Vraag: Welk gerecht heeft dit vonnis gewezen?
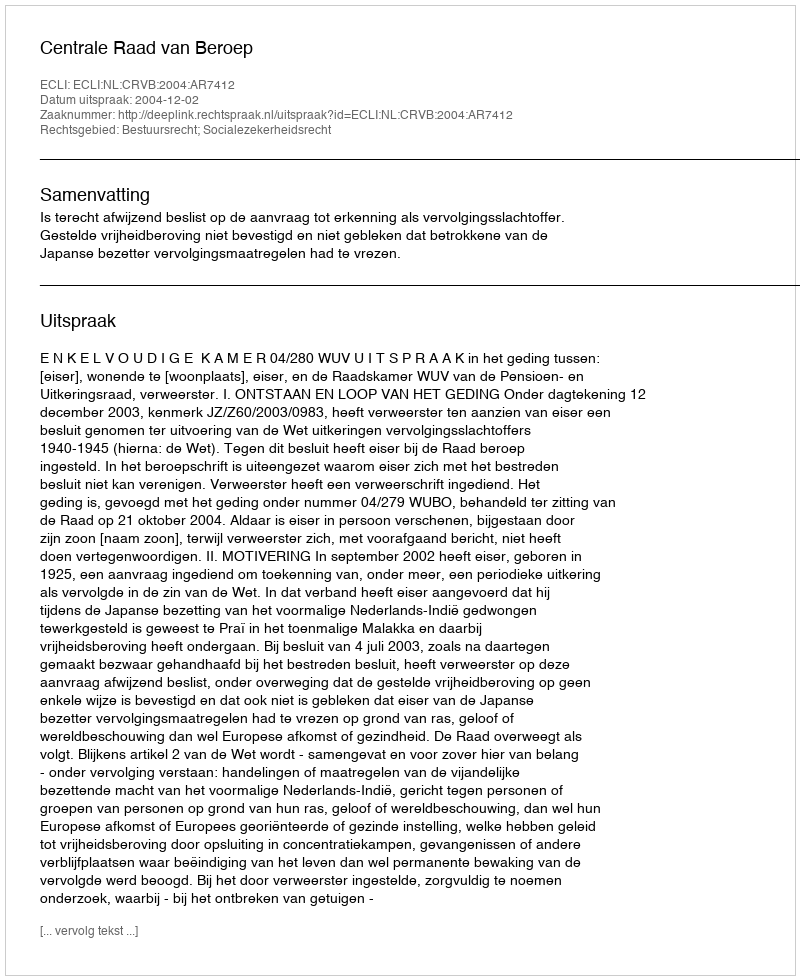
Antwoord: Centrale Raad van Beroep